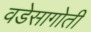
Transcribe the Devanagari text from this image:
वडेसागोती